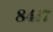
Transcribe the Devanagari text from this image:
८४१७